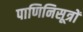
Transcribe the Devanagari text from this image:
पाणिनिसूत्रों